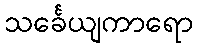
သင်္ခေယျကာရော